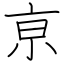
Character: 亰